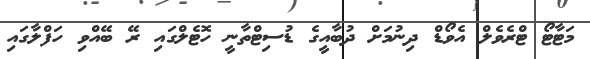
މަޓާޓޯ ޓްރެވެލް އެވޯޑް ދިނުމަށް ދުބާއީގެ ޑުސިޓްތާނީ ހޮޓެލްގައި ރޭ ބޭއްވި ހަފްލާގައި